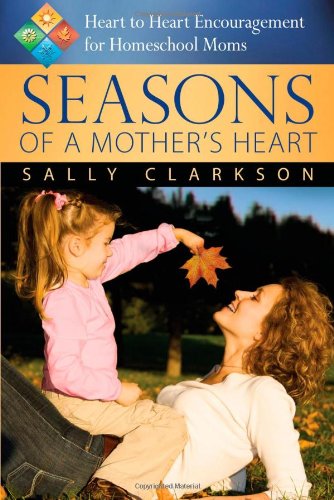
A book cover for Seasons of a Mother's Heart, 2nd edition; Sally Clarkson; Christian Books & Bibles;